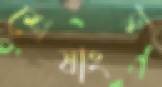
শেষাংশ